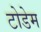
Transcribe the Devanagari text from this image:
टोडेम